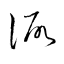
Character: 諏